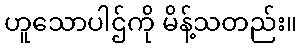
ဟူသောပါဌ်ကို မိန့်သတည်း။